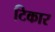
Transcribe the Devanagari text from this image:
टिकार